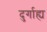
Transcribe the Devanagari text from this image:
दुर्गाह्य